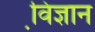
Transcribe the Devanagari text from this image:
वि़ज्ञान